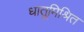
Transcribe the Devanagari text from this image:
धातूमिश्रित